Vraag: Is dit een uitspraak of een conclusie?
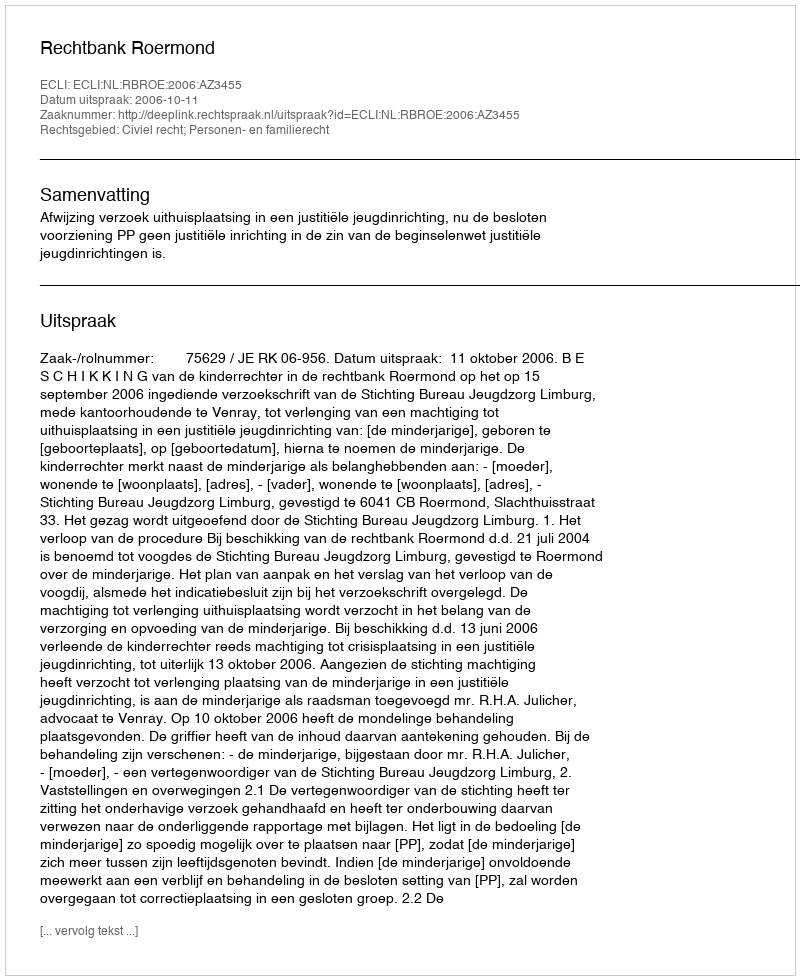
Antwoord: Uitspraak